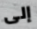
إلى